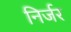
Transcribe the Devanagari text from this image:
निर्जर